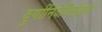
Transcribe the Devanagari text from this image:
दुर्गानिवेदितोद्भावो